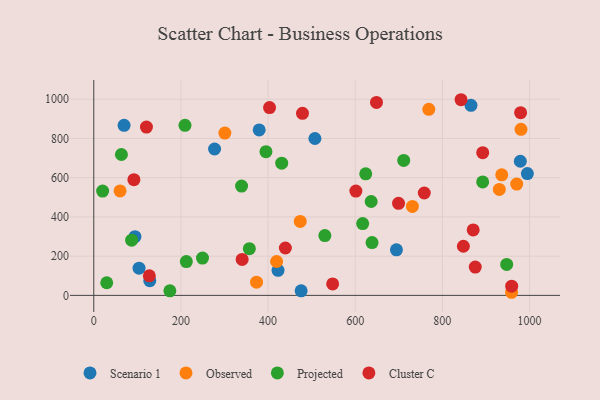
{"axis": {"x": "Speed", "y": "Salary"}, "legend": ["Cluster C", "Observed", "Projected", "Scenario 1"], "data": [{"x": "694.6", "y": 232.2, "type": "Scenario 1"}, {"x": "69.5", "y": 866.7, "type": "Scenario 1"}, {"x": "507.5", "y": 799.7, "type": "Scenario 1"}, {"x": "422.9", "y": 127.9, "type": "Scenario 1"}, {"x": "103.9", "y": 138.7, "type": "Scenario 1"}, {"x": "995.1", "y": 621.1, "type": "Scenario 1"}, {"x": "865.7", "y": 968.7, "type": "Scenario 1"}, {"x": "978.9", "y": 683.9, "type": "Scenario 1"}, {"x": "475.9", "y": 23.1, "type": "Scenario 1"}, {"x": "128.5", "y": 75.2, "type": "Scenario 1"}, {"x": "94.5", "y": 299.3, "type": "Scenario 1"}, {"x": "277.2", "y": 746.2, "type": "Scenario 1"}, {"x": "379.6", "y": 843.6, "type": "Scenario 1"}, {"x": "373.5", "y": 67.4, "type": "Observed"}, {"x": "60.3", "y": 532.5, "type": "Observed"}, {"x": "731.2", "y": 453.6, "type": "Observed"}, {"x": "419.6", "y": 172.8, "type": "Observed"}, {"x": "936.3", "y": 614.6, "type": "Observed"}, {"x": "300.8", "y": 827.6, "type": "Observed"}, {"x": "473.8", "y": 376.8, "type": "Observed"}, {"x": "930.7", "y": 540.4, "type": "Observed"}, {"x": "768.9", "y": 948.7, "type": "Observed"}, {"x": "980.5", "y": 846.4, "type": "Observed"}, {"x": "958.8", "y": 15.9, "type": "Observed"}, {"x": "970.6", "y": 567.6, "type": "Observed"}, {"x": "711.3", "y": 687.9, "type": "Projected"}, {"x": "357.0", "y": 238.0, "type": "Projected"}, {"x": "617.1", "y": 366.0, "type": "Projected"}, {"x": "20.3", "y": 531.9, "type": "Projected"}, {"x": "636.6", "y": 478.5, "type": "Projected"}, {"x": "86.9", "y": 281.6, "type": "Projected"}, {"x": "209.3", "y": 866.8, "type": "Projected"}, {"x": "530.3", "y": 304.7, "type": "Projected"}, {"x": "212.4", "y": 172.4, "type": "Projected"}, {"x": "249.5", "y": 190.3, "type": "Projected"}, {"x": "431.3", "y": 674.2, "type": "Projected"}, {"x": "892.5", "y": 578.6, "type": "Projected"}, {"x": "63.4", "y": 718.1, "type": "Projected"}, {"x": "638.6", "y": 269.0, "type": "Projected"}, {"x": "29.7", "y": 64.5, "type": "Projected"}, {"x": "395.1", "y": 732.5, "type": "Projected"}, {"x": "624.1", "y": 619.5, "type": "Projected"}, {"x": "339.2", "y": 557.4, "type": "Projected"}, {"x": "947.6", "y": 158.0, "type": "Projected"}, {"x": "174.6", "y": 23.4, "type": "Projected"}, {"x": "875.5", "y": 144.3, "type": "Cluster C"}, {"x": "479.0", "y": 927.9, "type": "Cluster C"}, {"x": "758.5", "y": 521.9, "type": "Cluster C"}, {"x": "340.5", "y": 183.5, "type": "Cluster C"}, {"x": "848.2", "y": 250.5, "type": "Cluster C"}, {"x": "127.5", "y": 99.7, "type": "Cluster C"}, {"x": "120.9", "y": 857.8, "type": "Cluster C"}, {"x": "870.7", "y": 333.9, "type": "Cluster C"}, {"x": "648.8", "y": 983.8, "type": "Cluster C"}, {"x": "92.1", "y": 590.0, "type": "Cluster C"}, {"x": "842.9", "y": 997.4, "type": "Cluster C"}, {"x": "892.6", "y": 727.5, "type": "Cluster C"}, {"x": "439.7", "y": 241.6, "type": "Cluster C"}, {"x": "959.1", "y": 47.0, "type": "Cluster C"}, {"x": "601.5", "y": 531.7, "type": "Cluster C"}, {"x": "403.4", "y": 957.3, "type": "Cluster C"}, {"x": "979.6", "y": 931.4, "type": "Cluster C"}, {"x": "699.4", "y": 469.2, "type": "Cluster C"}, {"x": "548.2", "y": 58.6, "type": "Cluster C"}]}